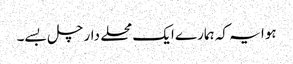
ہوا یہ کہ ہمارے ایک محلے دار چل بسے۔